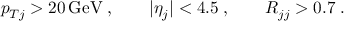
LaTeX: p _ { T j } > 2 0 \, \mathrm { G e V } \; , \qquad | \eta _ { j } | < 4 . 5 \; , \qquad R _ { j j } > 0 . 7 \; .